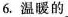
6.温暖的